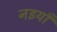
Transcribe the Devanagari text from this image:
नइयाँ